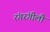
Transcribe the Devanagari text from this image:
रंगरंगीली